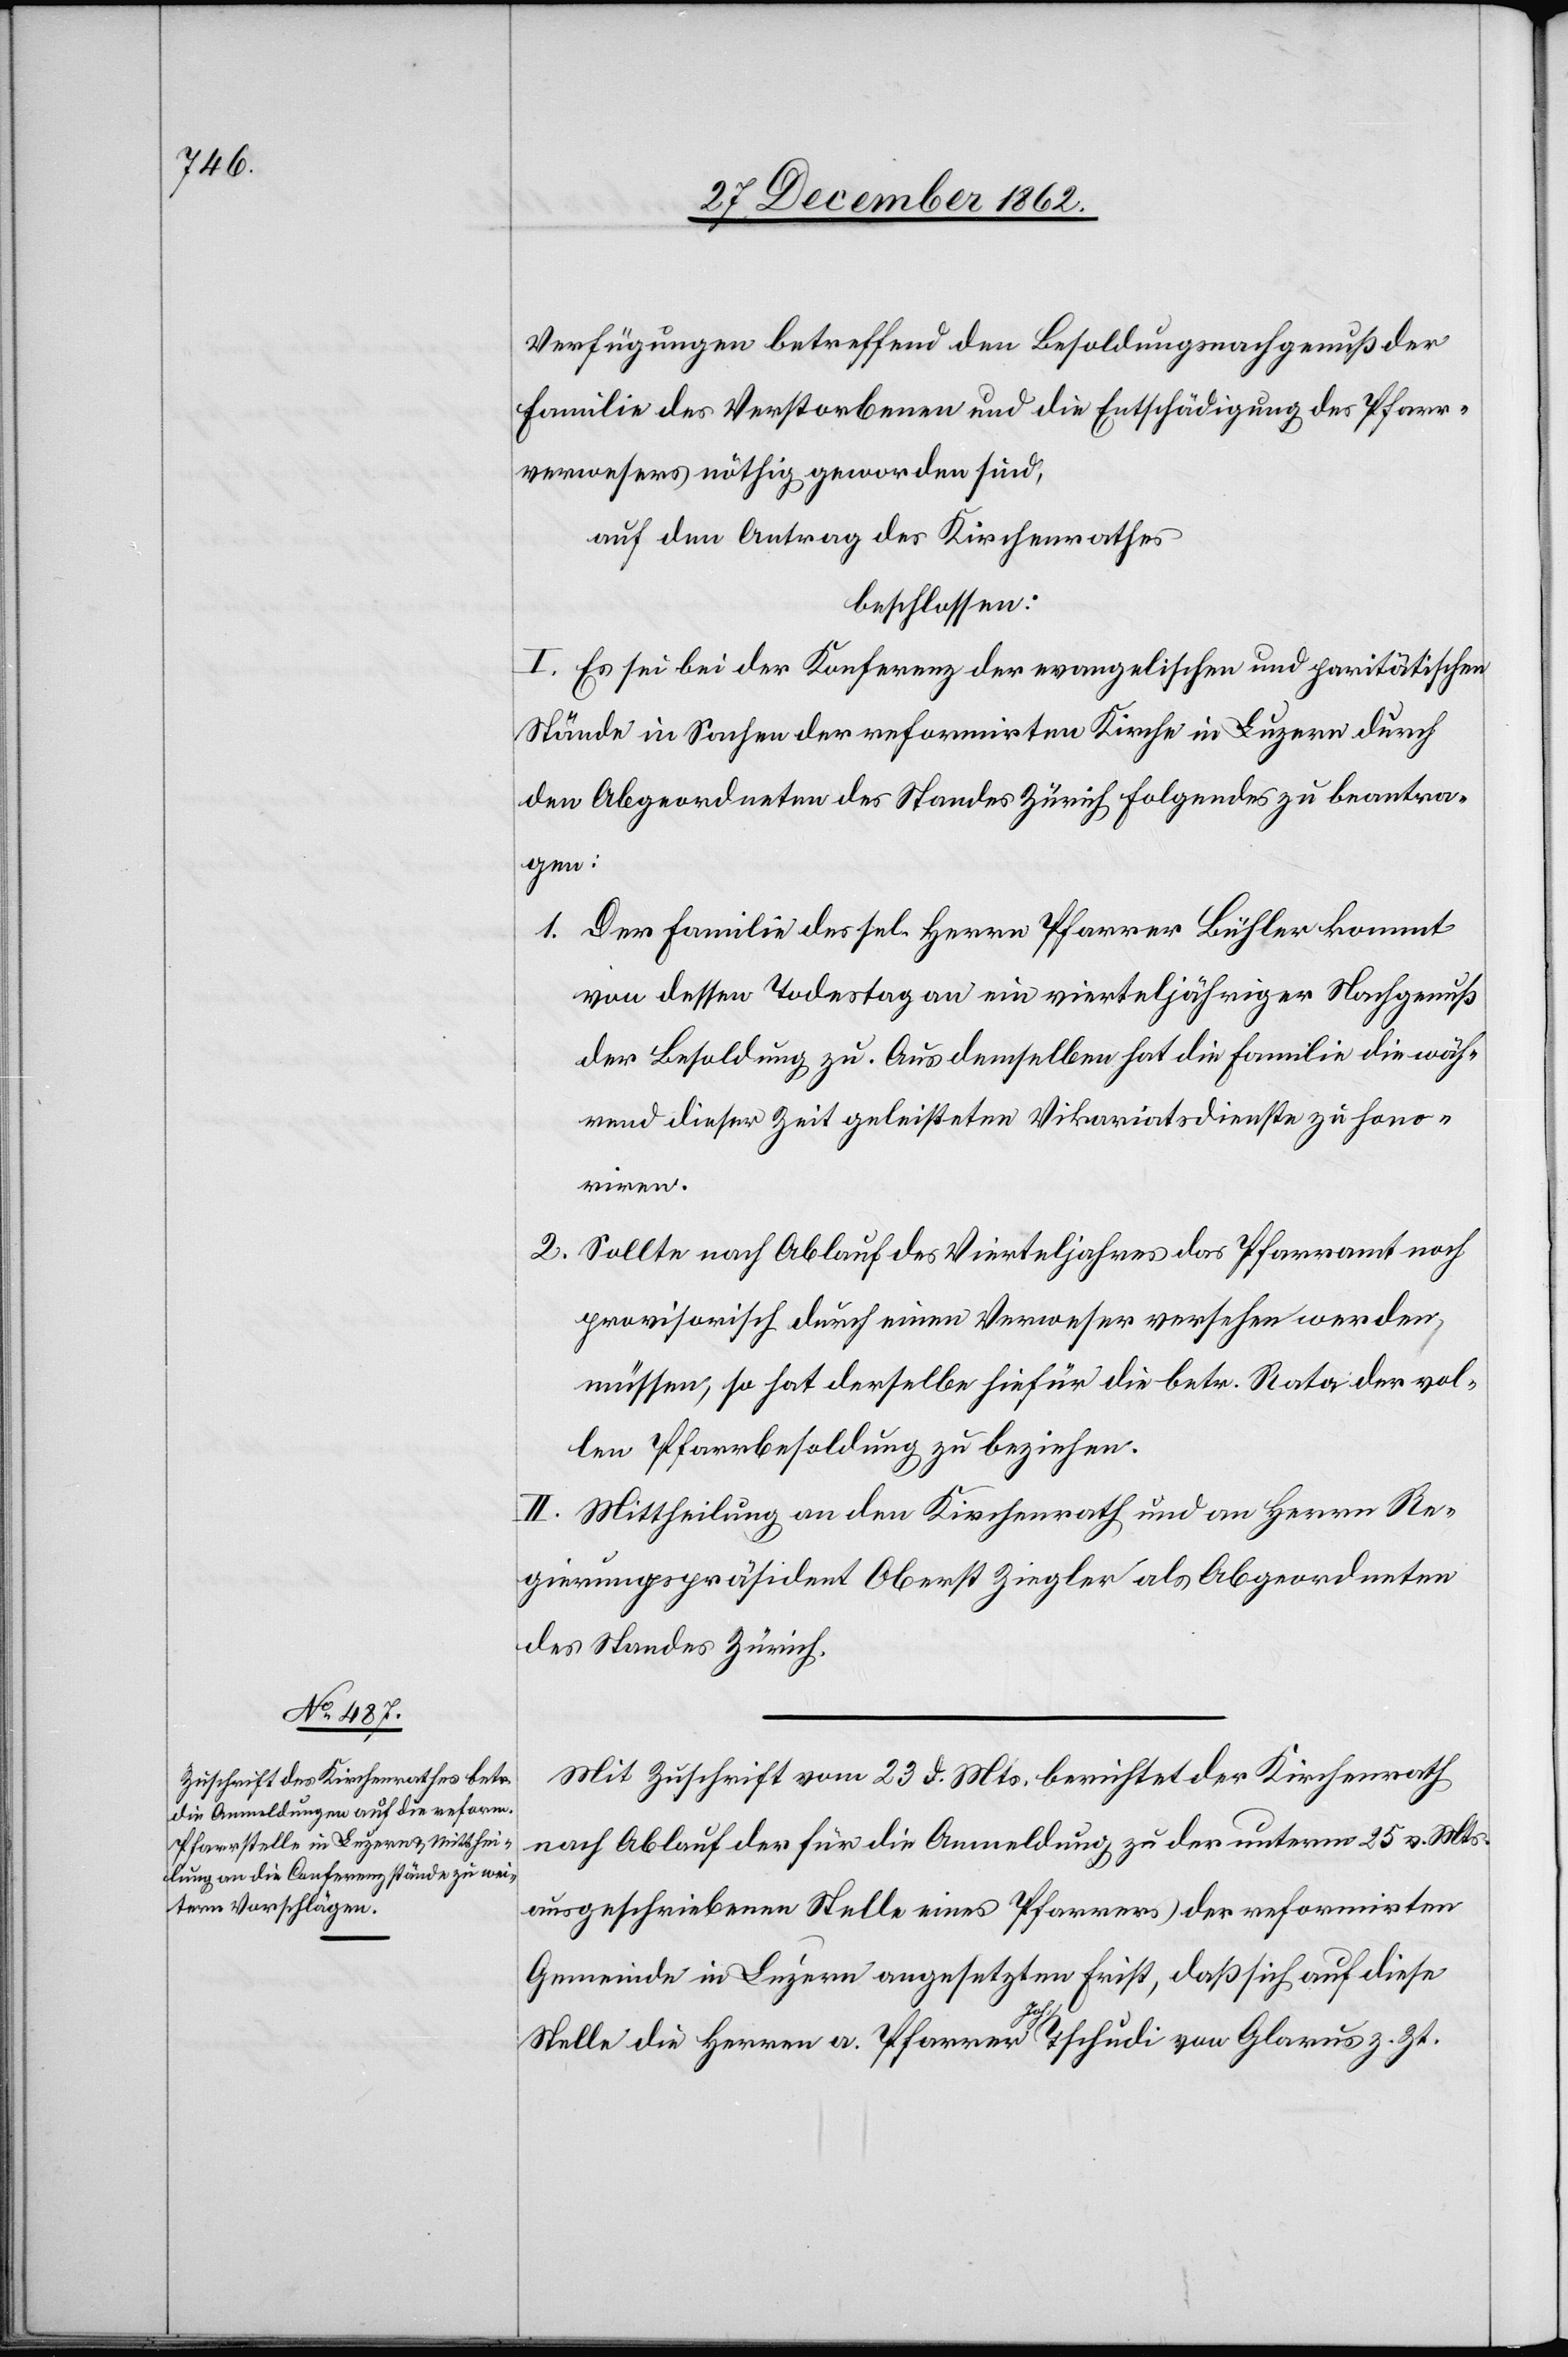
Verfügungen betreffend den Besoldungsnachgenuß der
Familie des Verstorbenen und die Entschädigung des Pfarr¬
verwesers nöthig geworden sind,
auf den Antrag des Kirchenrathes
beschlossen:
I. Es sei bei der Konferenz der evangelischen und paritätischen
Stände in Sachen der reformirten Kirche in Luzern durch
den Abgeordneten des Standes Zürich folgendes zu beantra¬
gen:
1. Der Familie des sel. Herrn Pfarrer Bühler kommt
von dessen Todestag an ein vierteljähriger Nachgenuß
der Besoldung zu. Aus demselben hat die Familie die wäh¬
rend dieser Zeit geleisteten Vikariatsdienste zu hono¬
riren.
2. Sollte nach Ablauf des Vierteljahres das Pfarramt noch
provisorisch durch einen Verweser versehen werden
müssen, so hat derselbe hiefür die betr. Rata der vol¬
len Pfarrbesoldung zu beziehen.
II. Mittheilung an den Kirchenrath und an Herrn Re¬
gierungspräsident Oberst Ziegler als Abgeordneten
des Standes Zürich.
Mit Zuschrift vom 23. d. Mts. berichtet der Kirchenrath
nach Ablauf der für die Anmeldung zu der unterm 25. v. Mts.
ausgeschriebenen Stelle eines Pfarrers der reformirten
Gemeinde in Luzern angesetzten Frist, daß sich auf diese
Stelle die Herren a. Pfarrer Joh. Tschudi von Glarus z. Zt.